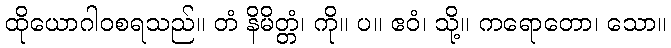
ထိုယောဂါဝစရသည်။ တံ နိမိတ္တံ၊ ကို။ ပ။ ဧဝံ၊ သို့။ ကရောတော၊ သော။